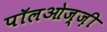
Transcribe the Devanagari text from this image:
पॉलओज्ज़ी